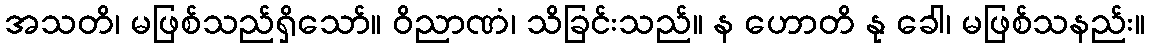
အသတိ၊ မဖြစ်သည်ရှိသော်။ ဝိညာဏံ၊ သိခြင်းသည်။ န ဟောတိ နု ခေါ၊ မဖြစ်သနည်း။